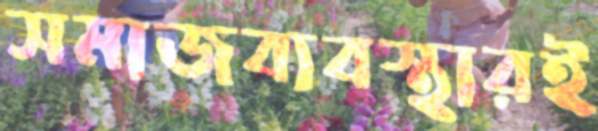
সমাজব্যবস্থারই